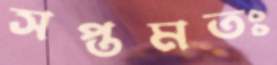
সপ্তমতঃ